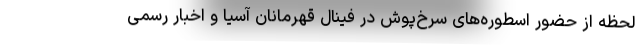
لحظه از حضور اسطوره‌های سرخ‌پوش در فینال قهرمانان آسیا و اخبار رسمی